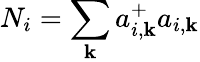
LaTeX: N_{i}=\sum_{\mathbf{k}}a_{i,\mathbf{k}}^{+}a_{i,\mathbf{k}}